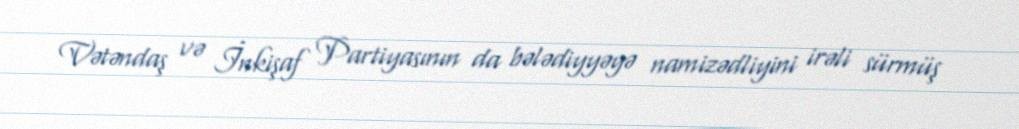
Vətəndaş və İnkişaf Partiyasının da bələdiyyəyə namizədliyini irəli sürmüş